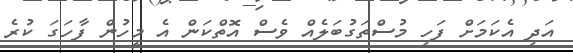
އަދި އެކަމަށް ފަހި މުސްތަގުބަލެއް ވެސް އޮތްކަން އެ މީހުން ފާހަގަ ކުރެ